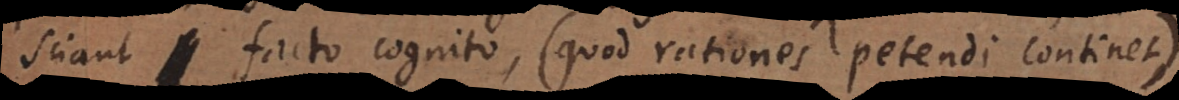
sciant facto cognito (quod rationes petendi continet),